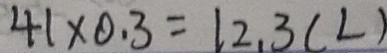
4 1 \times 0 . 3 = 1 2 . 3 ( L )